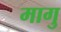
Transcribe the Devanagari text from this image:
मागु